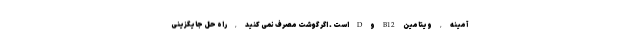
آمینه , ویتامین B12 و D است . اگر گوشت مصرف نمی کنید , راه حل جایگزینی